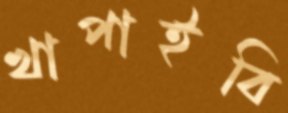
খাপাইবি